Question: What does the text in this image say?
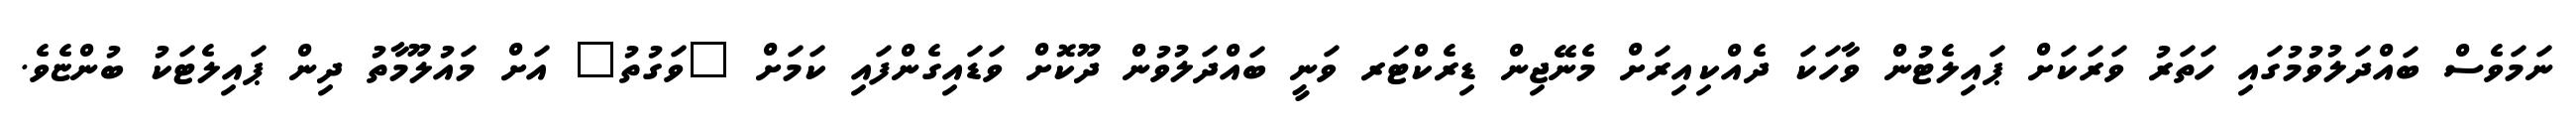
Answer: ނަމަވެސް ބައްދަލުވުމުގައި ހަތަރު ވަރަކަށް ޕައިލެޓުން ވާހަކަ ދެއްކިއިރަށް މެނޭޖިން ޑިރެކްޓަރ ވަނީ ބައްދަލުވުން ދޫކޮށް ވަޑައިގެންފައި ކަމަށް "ވަގުތު" އަށް މައުލޫމާތު ދިން ޕައިލެޓަކު ބުންޏެވެ.